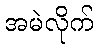
အမဲလိုက်